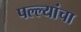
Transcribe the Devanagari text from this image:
पल्ल्यांचा